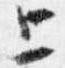
上